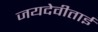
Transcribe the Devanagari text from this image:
जयदेवीताई